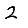
Digit: 2